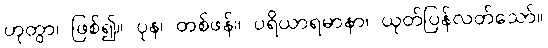
ဟုတွာ၊ ဖြစ်၍။ ပုန၊ တစ်ဖန်။ ပရိယာရမာနာ၊ ယုတ်ပြန်လတ်သော်။